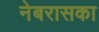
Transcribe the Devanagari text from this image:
नेबरासका